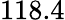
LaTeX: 118.4